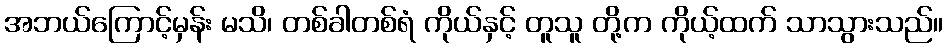
အဘယ်ကြောင့်မှန်း မသိ၊ တစ်ခါတစ်ရံ ကိုယ်နှင့် တူသူ တို့က ကိုယ့်ထက် သာသွားသည်။